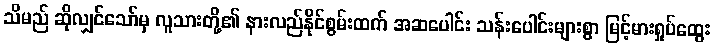
သိမည် ဆိုလျှင်သော်မှ လူသားတို့၏ နားလည်နိုင်စွမ်းထက် အဆပေါင်း သန်းပေါင်းများစွာ မြင့်မားရှုပ်ထွေး